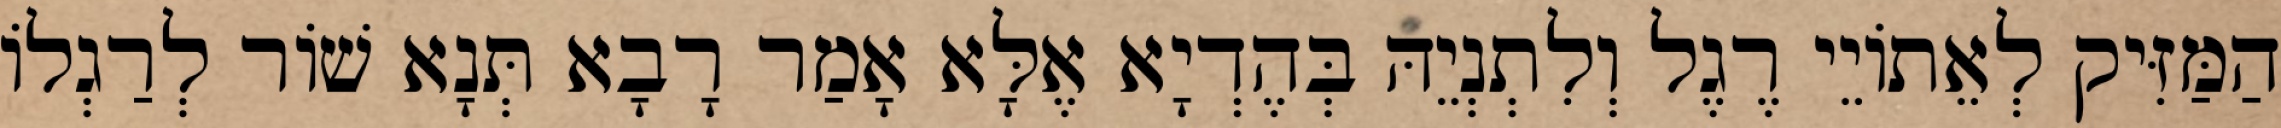
הַמַּזִּיק לְאֵתוֹיֵי רֶגֶל וְלִתְנְיֵהּ בְּהֶדְיָא אֶלָּא אָמַר רָבָא תְּנָא שׁוֹר לְרַגְלוֹ